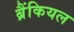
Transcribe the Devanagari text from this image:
ब्रैंकियल